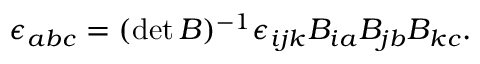
\begin{array} { r } { \epsilon _ { a b c } = ( \operatorname* { d e t } B ) ^ { - 1 } \epsilon _ { i j k } B _ { i a } B _ { j b } B _ { k c } . } \end{array}